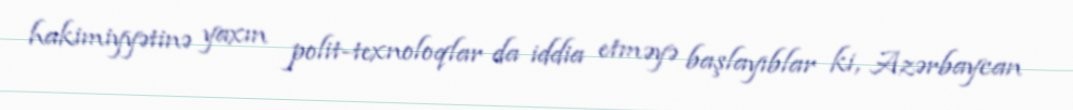
hakimiyyətinə yaxın polit-texnoloqlar da iddia etməyə başlayıblar ki, Azərbaycan